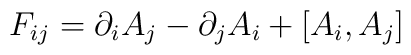
F_{ij} = \partial_i A_j - \partial_j A_i + [A_i, A_j]